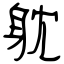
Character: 躭